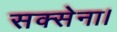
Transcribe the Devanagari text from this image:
सक्सेना।